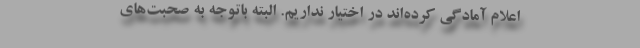
اعلام آمادگی کرده‌اند در اختیار نداریم. البته باتوجه به صحبت‌های